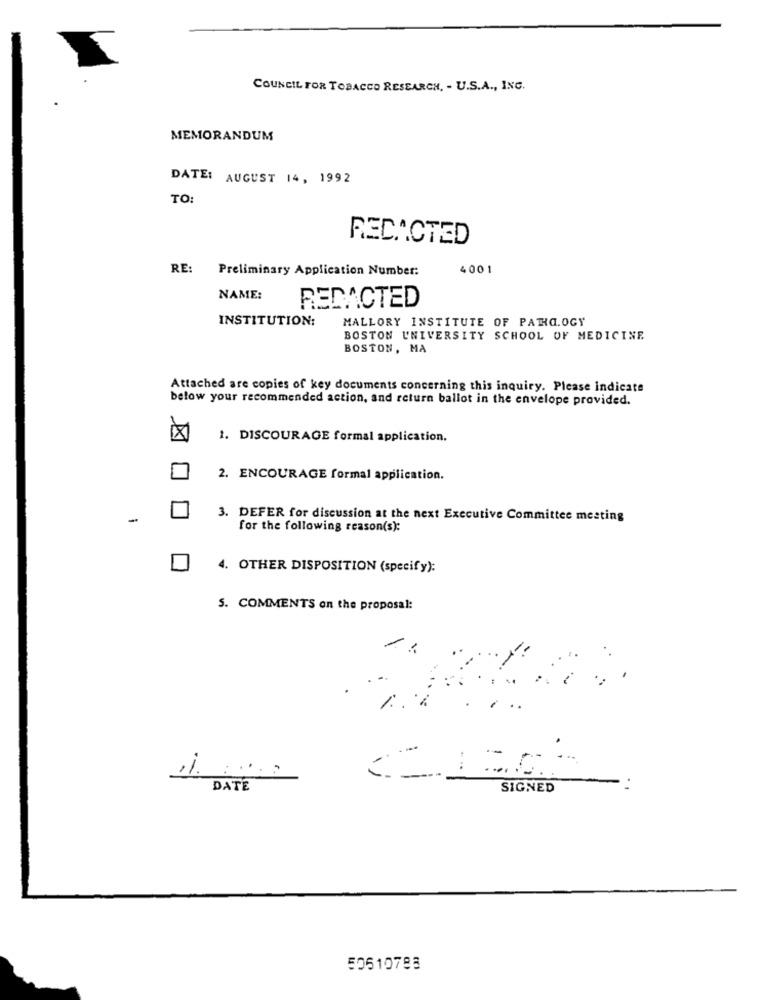
COUNCIL FOR TOBACCO RESEARCH, - U.S.A ., INC.
MEMORANDUM
DATE: AUGUST 14, 1992
TO:
REDACTED
RE: Preliminary Application Number:
4001
NAME:
REDACTED
INSTITUTION:
MALLORY INSTITUTE OF PATHO.OGY
BOSTON UNIVERSITY SCHOOL OF MEDICINE
BOSTON, MA
Attached are copies of key documents concerning this inquiry. Please indicate
below your recommended action, and return ballot in the envelope provided.
1. DISCOURAGE formal application.
2. ENCOURAGE formal application.
-
3. DEFER for discussion at the next Executive Committee meeting
for the following reason(s):
4. OTHER DISPOSITION (specify):
5. COMMENTS on the proposal:
.-
DATE
SIGNED
50510783